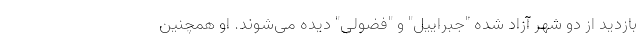
بازدید از دو شهر آزاد شده "جبراییل" و "فضولی" دیده می‌شوند. او همچنین